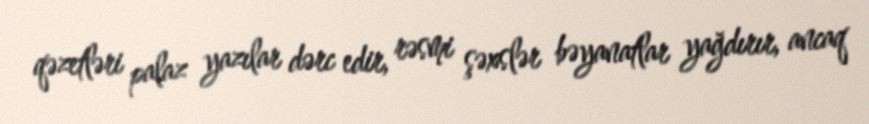
qəzetləri palaz yazılar dərc edir, rəsmi şəxslər bəyanatlar yağdırır, ancaq